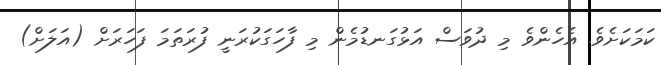
ކަމަކަށެވެ. އެހެންވެ މި ދުވަސް އަޅުގަނޑުމެން މި ފާހަގަކުރަނީ ފުރަތަމަ ފަހަރަށް (އަލަށް)